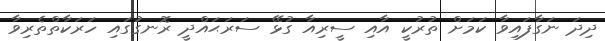
ދިދަ ނަގާފައިވާ ކަމަށް ތުރުކީ އާއި ސީރިއާ ގުޅޭ ސަރަޙައްދީ ރޮނގުގައި ހަރަކާތްތެރިވާ